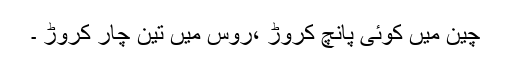
چین میں کوئی پانچ کروڑ ،روس میں تین چار کروڑ ۔